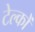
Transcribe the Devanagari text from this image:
टेल्कों